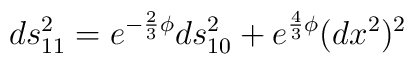
ds_{11}^2 = e^{-\frac{2}{3} \phi} ds_{10}^2 + e^{\frac{4}{3}\phi} (dx^2)^2